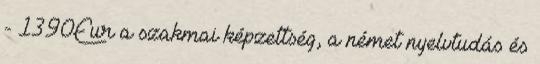
- 1390Eur a szakmai képzettség, a német nyelvtudás és